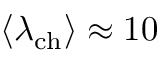
\langle \lambda _ { \mathrm { c h } } \rangle \approx 1 0